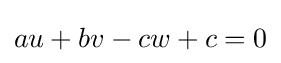
au+bv-cw+c=0